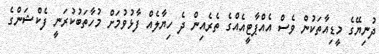
ދުނިޔޭގެ މީޑިއާތަކުން ވެސް އެއްޕާޓީއެއްގެ ތެރެއިން ދެ ހިޔާލެއް ފާޅުވުމަށް މުހާތަބުކުރަނީ ފެކްޝަންގެ